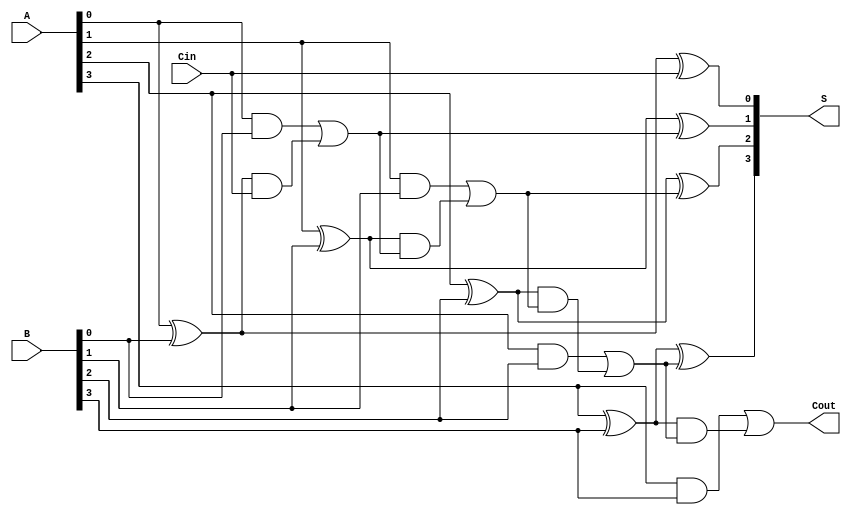
module carry_lookahead_adder #(parameter n = 4) (
    input [n-1:0] A,    // First n-bit input
    input [n-1:0] B,    // Second n-bit input
    input Cin,          // Carry input
    output [n-1:0] S,   // n-bit sum output
    output Cout         // Carry output
);

    // Generate and Propagate signals
    wire [n-1:0] G;     // Generate signals
    wire [n-1:0] P;     // Propagate signals
    wire [n:0] C;       // Carry signals

    // Generate and Propagate calculations
    genvar i;
    generate
        for (i = 0; i < n; i = i + 1) begin : gp
            assign G[i] = A[i] & B[i];   // Generate
            assign P[i] = A[i] ^ B[i];   // Propagate
        end
    endgenerate

    // Carry calculations
    assign C[0] = Cin;  // C0 = Cin

    generate
        for (i = 1; i <= n; i = i + 1) begin : carry_calc
            assign C[i] = G[i-1] | (P[i-1] & C[i-1]); // Carry calculation
        end
    endgenerate

    // Sum calculation
    generate
        for (i = 0; i < n; i = i + 1) begin : sum_calc
            assign S[i] = P[i] ^ C[i]; // Sum calculation
        end
    endgenerate

    // Carry output
    assign Cout = C[n]; // Final carry output

endmodule